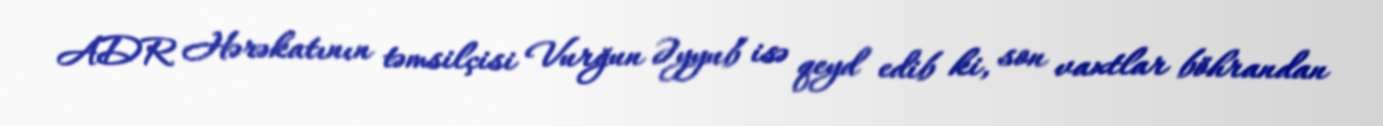
ADR Hərəkatının təmsilçisi Vurğun Əyyub isə qeyd edib ki, son vaxtlar böhrandan